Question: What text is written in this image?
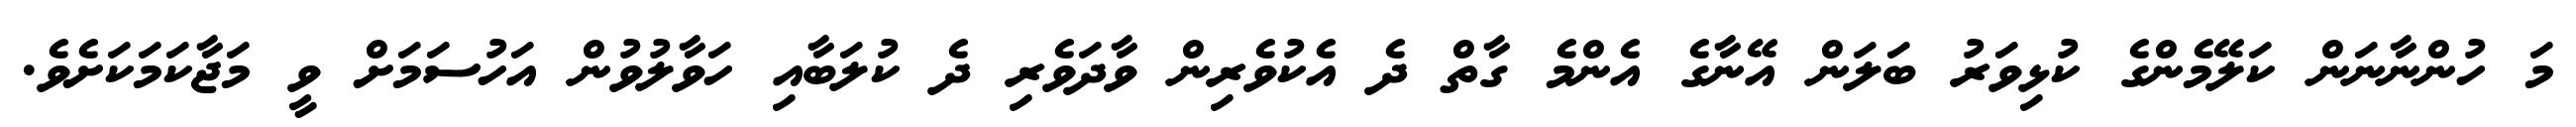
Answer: މަ ހުންނާނަން ކަލޭމެންގެ ކުޅިވަރު ބަލަން އޭނާގެ އެންމެ ގާތް ދެ އެކުވެރިން ވާދަވެރި ދެ ކުލަބާއި ހަވާލުވުން އަހުސަމަށް ވީ މަޖާކަމަކަށެވެ.